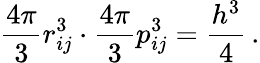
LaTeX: \frac{4\pi}{3}r_{ij}^{3}\cdot\frac{4\pi}{3}p_{ij}^{3}=\frac{h^{3}}{4}\, .